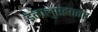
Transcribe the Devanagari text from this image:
इन्फ्लुएंझावर